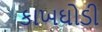
કાખઘોડી